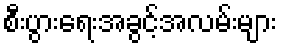
စီးပွားရေးအခွင့်အလမ်းများ